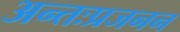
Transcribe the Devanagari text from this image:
अन्तःप्रजनन